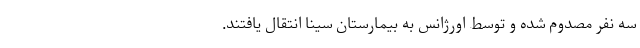
سه نفر مصدوم شده و توسط اورژانس به بیمارستان سینا انتقال یافتند.